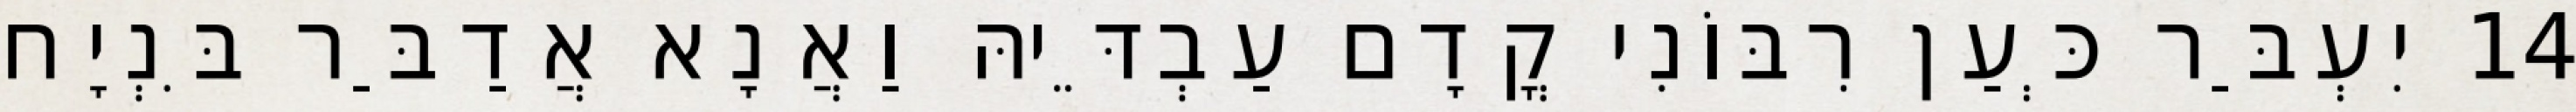
14 יִעְבַּר כְּעַן רִבּוֹנִי קֳדָם עַבְדֵּיהּ וַאֲנָא אֲדַבַּר בִּנְיָח